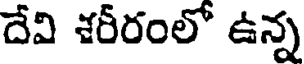
దేవి శరీరంలో ఉన్న